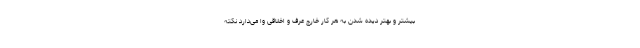
بیشتر و بهتر دیده شدن به هر کار خارج عرف و اخلاقی وا می‌دارد نکته